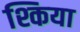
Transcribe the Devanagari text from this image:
श्किया